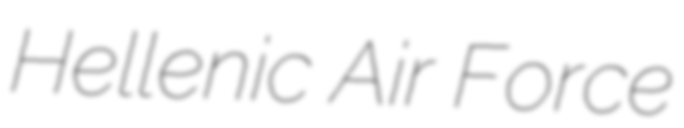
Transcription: Hellenic Air Force